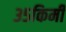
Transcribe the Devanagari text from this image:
३५किमी